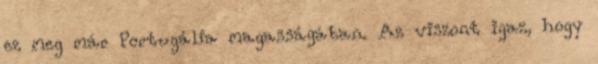
ez meg már Portugália magasságában. Az viszont igaz, hogy